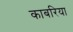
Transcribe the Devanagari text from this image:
काबरिया